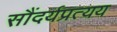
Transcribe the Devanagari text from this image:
सौंदर्यप्रत्यय